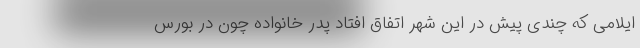
ایلامی که چندی پیش در این شهر اتفاق افتاد پدر خانواده چون در بورس